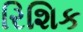
રિશિક